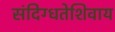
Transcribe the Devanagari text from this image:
संदिग्धतेशिवाय